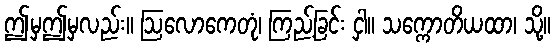
ဤမှဤမှလည်း။ ဩလောကေတုံ၊ ကြည့်ခြင်း ငှါ။ သက္ကောတိယထာ၊ သို့။